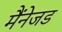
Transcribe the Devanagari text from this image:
मैंनेजड